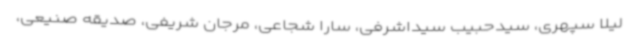
لیلا سپهری، سیدحبیب سیداشرفی، سارا شجاعی، مرجان شریفی، صدیقه صنیعی،